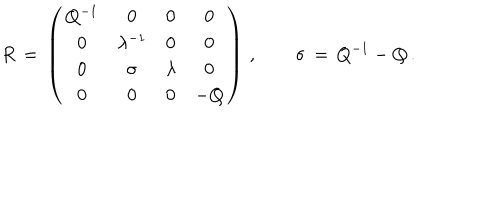
R \, = \, \left( \begin{array} { c c c c } { { Q ^ { - 1 } } } & { { 0 } } & { { 0 } } & { { 0 } } \\ { { 0 } } & { { \lambda ^ { - 1 } } } & { { 0 } } & { { 0 } } \\ { { 0 } } & { { \sigma } } & { { \lambda } } & { { 0 } } \\ { { 0 } } & { { 0 } } & { { 0 } } & { { - Q } } \\ \end{array} \right) \, , \qquad \sigma \, = \, Q ^ { - 1 } - Q \, .